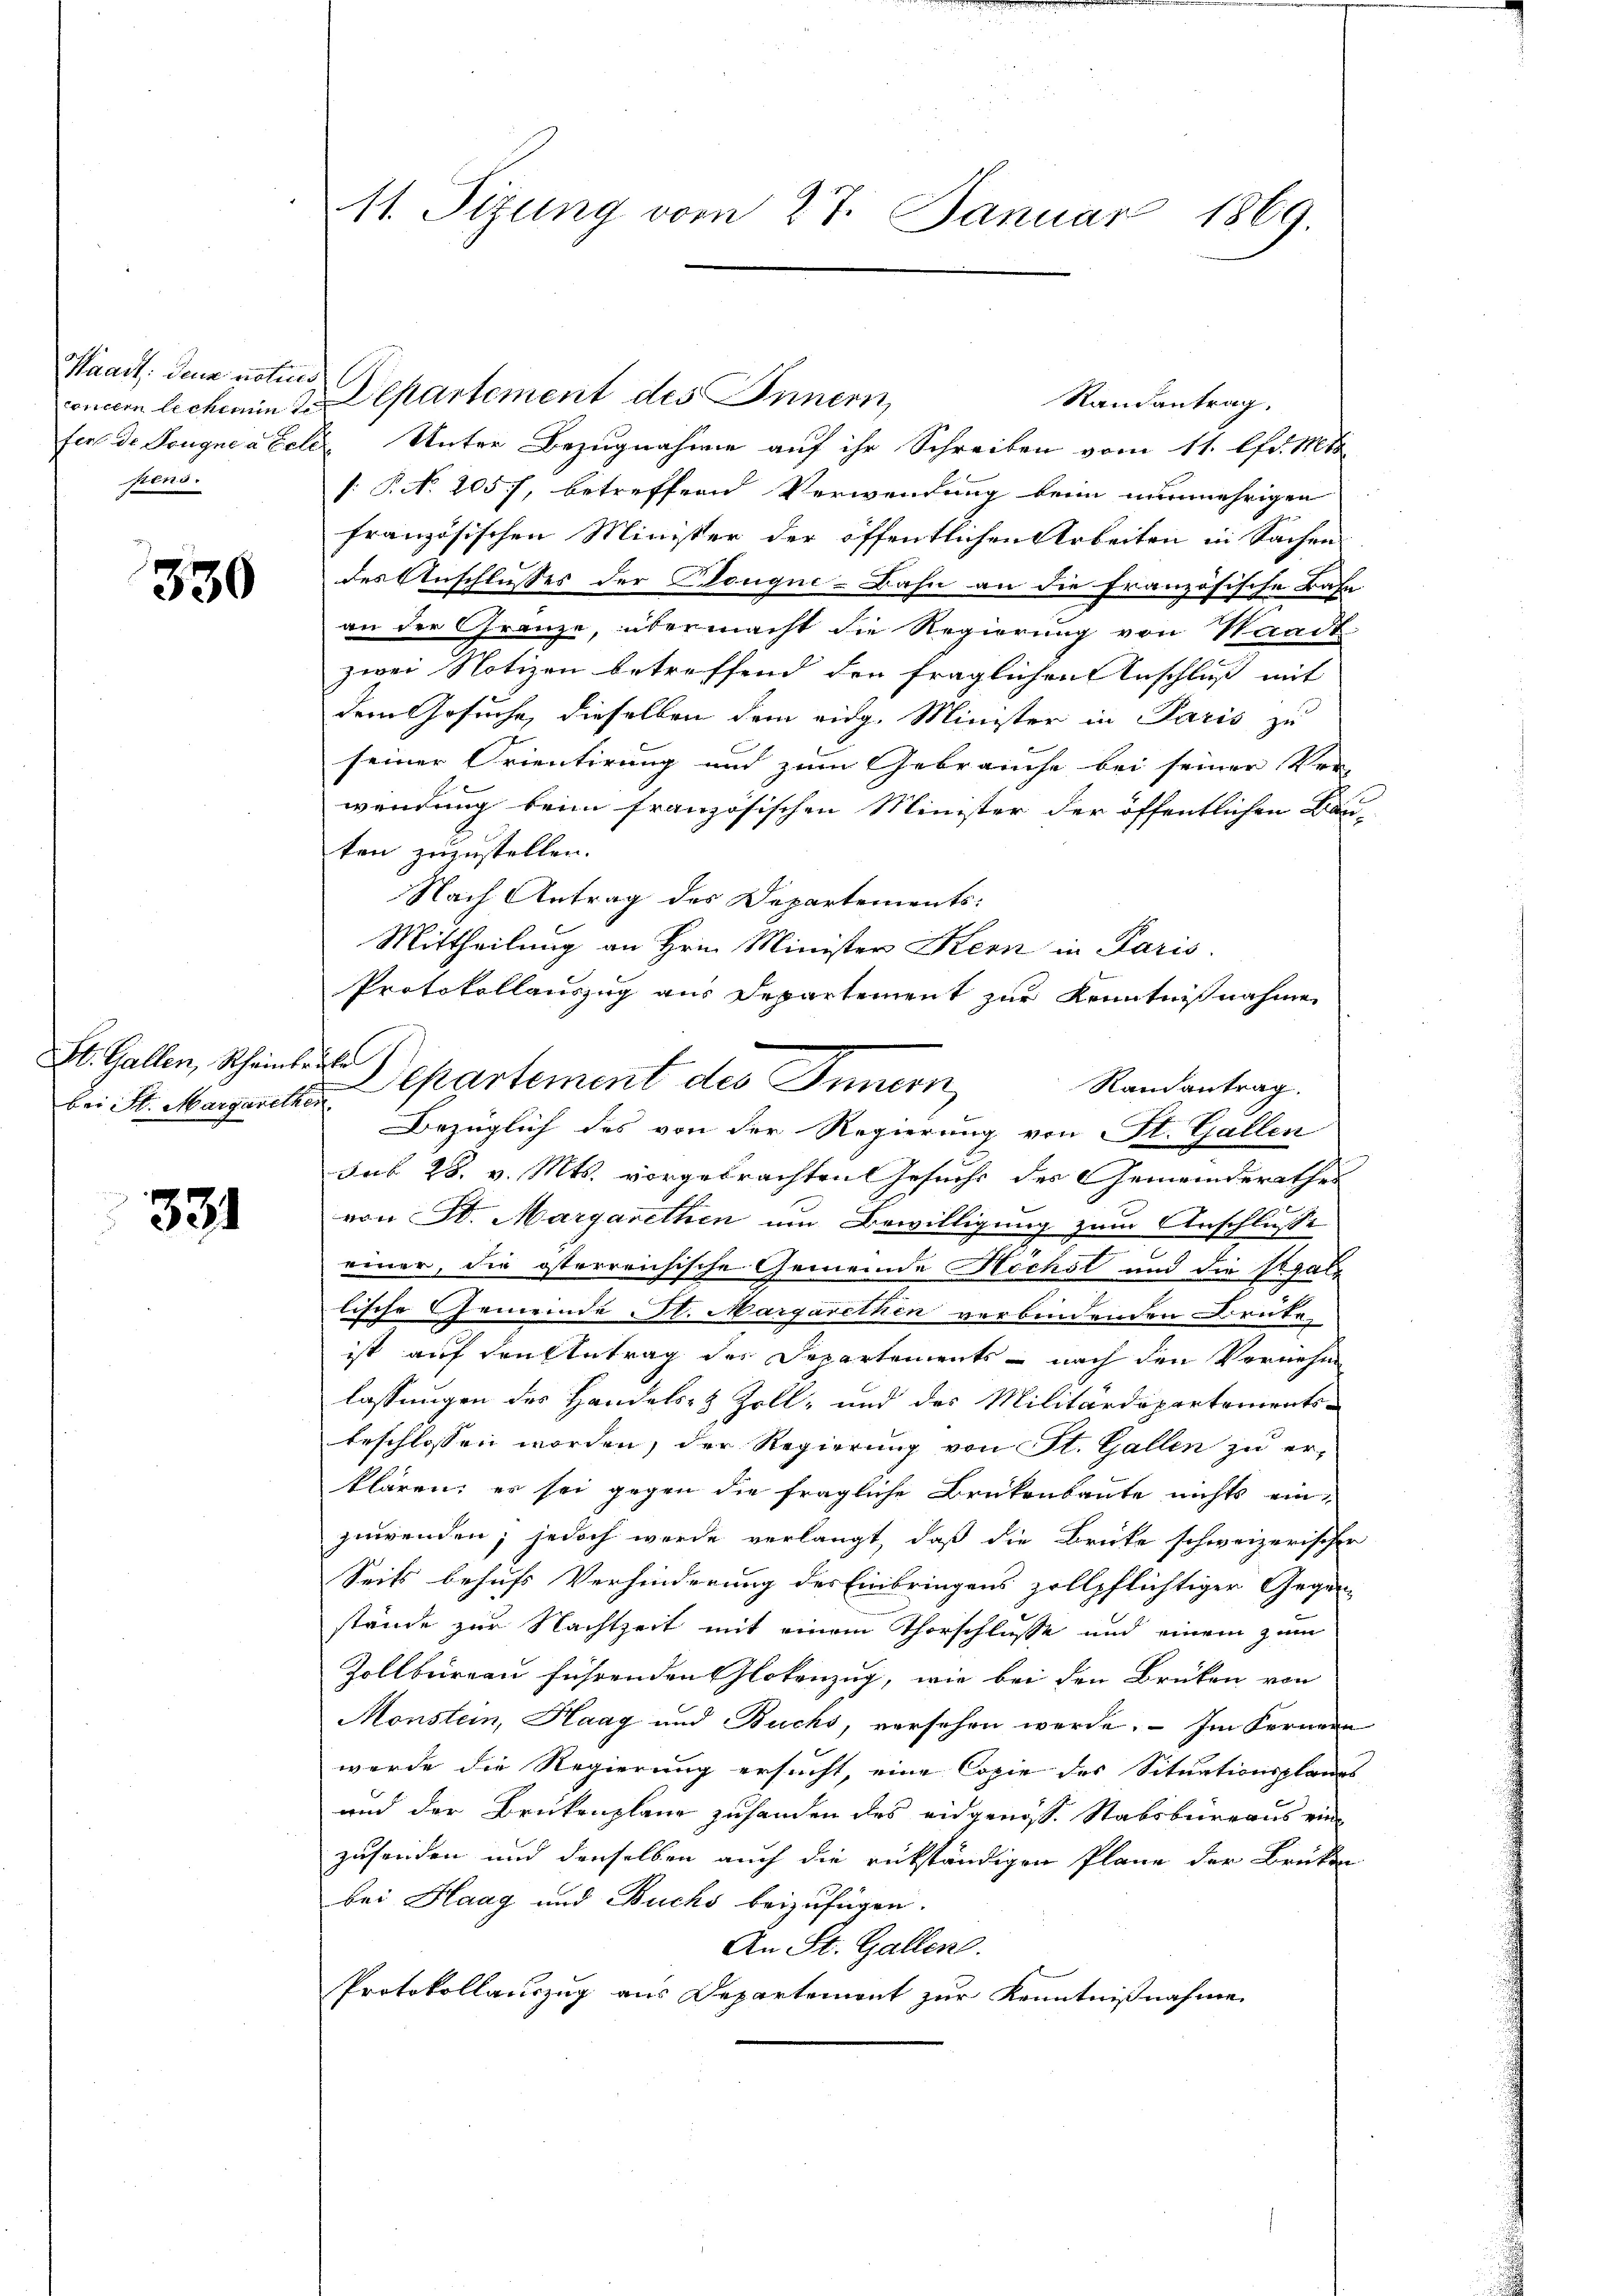
Waadt: Denn noties
pens.

330

St. Gallen, Scheinleihe
bei St. Margarethen

331

onnen lichemin 2. Departement des Innern,
Randantrag.
fers de Sougneacele Unter Bezugnahme auf ihr Schreiben vom 11. fr. 186
: P. N. 2057, betreffene Verwendung beim nunmehrigen
französischen Minister der öffentlichen Arbeiten in Sachen
des Anschlusses der Bouque-Bahn an die französische Bahn
an der Gränze, übermacht die Regierung von Waadt
zwei Notizen betreffend den fraglichen Anschluß mit
dem Gesuche, dieselben dem eidg. Minister in Paris zu
seiner Orientirung und zum Gebrauche bei seiner Ver-
wendung beim französischen Minister der öffentlichen Bau-
ten zuzustellen.
Nach Antrag des Departements:
Mittheilung an Hrn. Minister Kern in Paris.
Protokollauszug aus Departement zur Kenntnißnahme
Departement des Innern
Randantrag.
Bezüglich des von der Regierung von St. Gallen
dno 28. v. Mts. vorgebrachten Gesuchs des Gemeinderathes
von St. Margarethen um Bewilligung zum Anschlusse
e
einer, die österreichische Gemeinde Höchst und die Segale
lische Gemeinde St. Margarethen verbindenden Beute
ist auf den Antrag des Departements - nach den Vornehm
lassungen des Handels- & Zoll- und des Militärdepartementsbeschlossen worden, der Regierung von St. Gallen zu er-
klären; er sei gegen die fragliche Brükenbaute nichts ein-
zuwenden; jedoch werde verlangt, daß die Brücke schweizerischer
Seits behufs Verhinderung des Einbringens zollpflichtiger Gegen-
stände zur Nachtzeit mit einem Thorschlusse und einem zum
Zollbüreau führenden Glokenzug, wie bei den Brüken von
Monstein, Haag und Buchs, versehen werde. Im Fernern
wurde die Regierung ersucht, eine Copie des Situationsplanes
und der Brükenplane zuhanden des eidgenoss. Stabsbureaus ein
zusenden und denselben auch die rükständigen Plane der Brüken
bei Haag und Buchs beizufügen.
An St. Gallen.
Protokollauszug aus Departement zur Kenntnisnahme

11. Sitzung vom 27. Januar 1869.